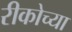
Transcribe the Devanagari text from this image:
रीकोच्या